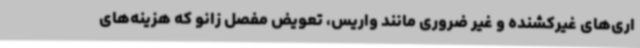
اری‌های غیرکشنده و غیر ضروری مانند واریس، تعویض مفصل زانو که هزینه‌های